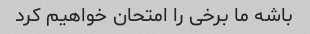
باشه ما برخی را امتحان خواهیم کرد